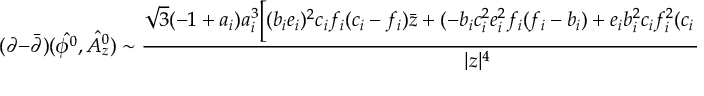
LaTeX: ( \partial - { \bar { \partial } } ) ( \hat { { \cal \phi } ^ { 0 } } , \hat { { \cal A } _ { z } ^ { 0 } } ) \sim { \frac { \sqrt { 3 } ( - 1 + a _ { i } ) a _ { i } ^ { 3 } \biggl [ ( b _ { i } e _ { i } ) ^ { 2 } c _ { i } f _ { i } ( c _ { i } - f _ { i } ) { \bar { z } } + ( - b _ { i } c _ { i } ^ { 2 } e _ { i } ^ { 2 } f _ { i } ( f _ { i } - b _ { i } ) + e _ { i } b _ { i } ^ { 2 } c _ { i } f _ { i } ^ { 2 } ( c _ { i } - e _ { i } ) ) z \biggr ] ( z - { \bar { z } } ) } { | z | ^ { 4 } } } ,